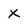
Character: x